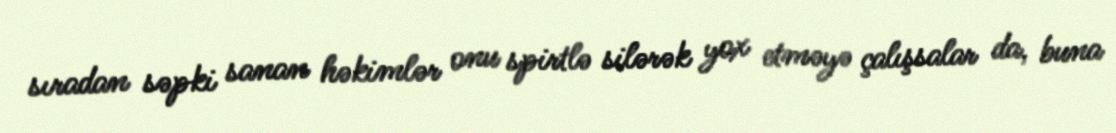
sıradan səpki sanan həkimlər onu spirtlə silərək yox etməyə çalışsalar da, buna